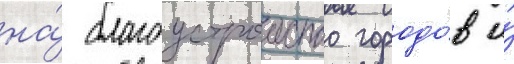
на́ благоустроиство городо́в и́